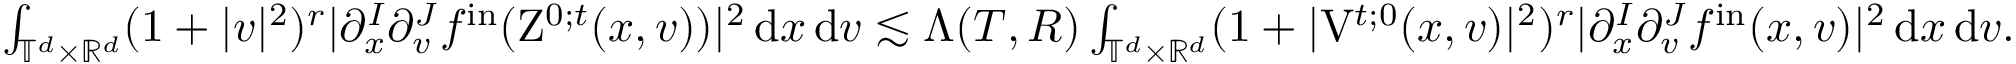
\begin{array} { r } { \int _ { \mathbb T ^ { d } \times \mathbb R ^ { d } } ( 1 + \vert v \vert ^ { 2 } ) ^ { r } \vert \partial _ { x } ^ { I } \partial _ { v } ^ { J } f ^ { \mathrm { i n } } ( \mathrm { Z } ^ { 0 ; t } ( x , v ) ) \vert ^ { 2 } \, \mathrm { d } x \, \mathrm { d } v \lesssim \Lambda ( T , R ) \int _ { \mathbb T ^ { d } \times \mathbb R ^ { d } } ( 1 + \vert \mathrm { V } ^ { t ; 0 } ( x , v ) \vert ^ { 2 } ) ^ { r } \vert \partial _ { x } ^ { I } \partial _ { v } ^ { J } f ^ { \mathrm { i n } } ( x , v ) \vert ^ { 2 } \, \mathrm { d } x \, \mathrm { d } v . } \end{array}